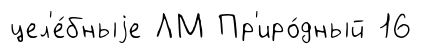
цел'е́бныjе ЛМ Пр'иро́дный 16